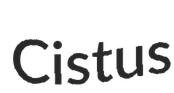
Cistus